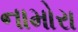
નામોરા